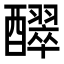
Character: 𮡊